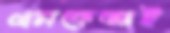
এমকেআই